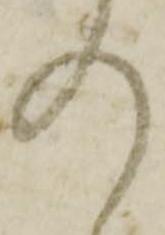
の